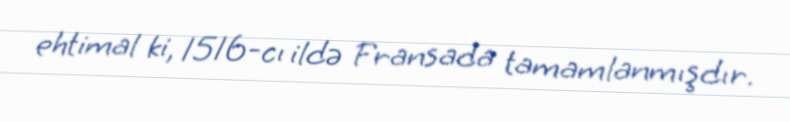
ehtimal ki, 1516-cı ildə Fransada tamamlanmışdır.